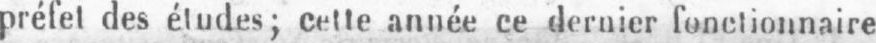
préfet des éludes; celle année ce dernier fonctionnaire